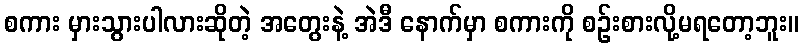
စကား မှားသွားပါလားဆိုတဲ့ အတွေးနဲ့ အဲဒီ နောက်မှာ စကားကို စဉ်းစားလို့မရတော့ဘူး။